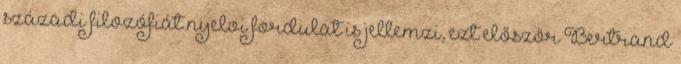
századi filozófiát nyelvi fordulat is jellemzi, ezt először Bertrand